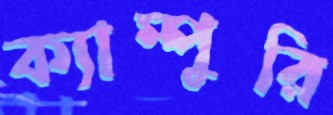
ক্যাম্পুরি